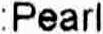
:PEARL